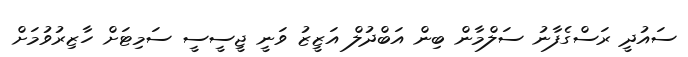
ސައުދީ ރަސްގެފާނު ސަލްމާން ބިން އަބްދުލް އަޒީޒު ވަނީ ޖީސީސީ ސަމިޓަށް ހާޒިރުވުމަށް